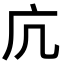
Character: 𭙍